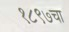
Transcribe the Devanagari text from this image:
१८९७चा